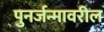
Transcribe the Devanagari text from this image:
पुनर्जन्मावरील